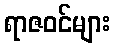
ရာဇဝင်များ